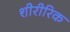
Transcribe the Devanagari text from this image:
शीरीरिक